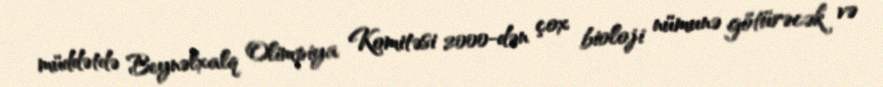
müddətdə Beynəlxalq Olimpiya Komitəsi 2000-dən çox bioloji nümunə götürəcək və